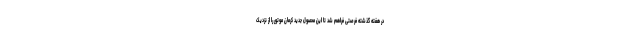
در هفته گذشته فرصتی فراهم شد تا این محصول جدید کرمان موتور را از نزدیک